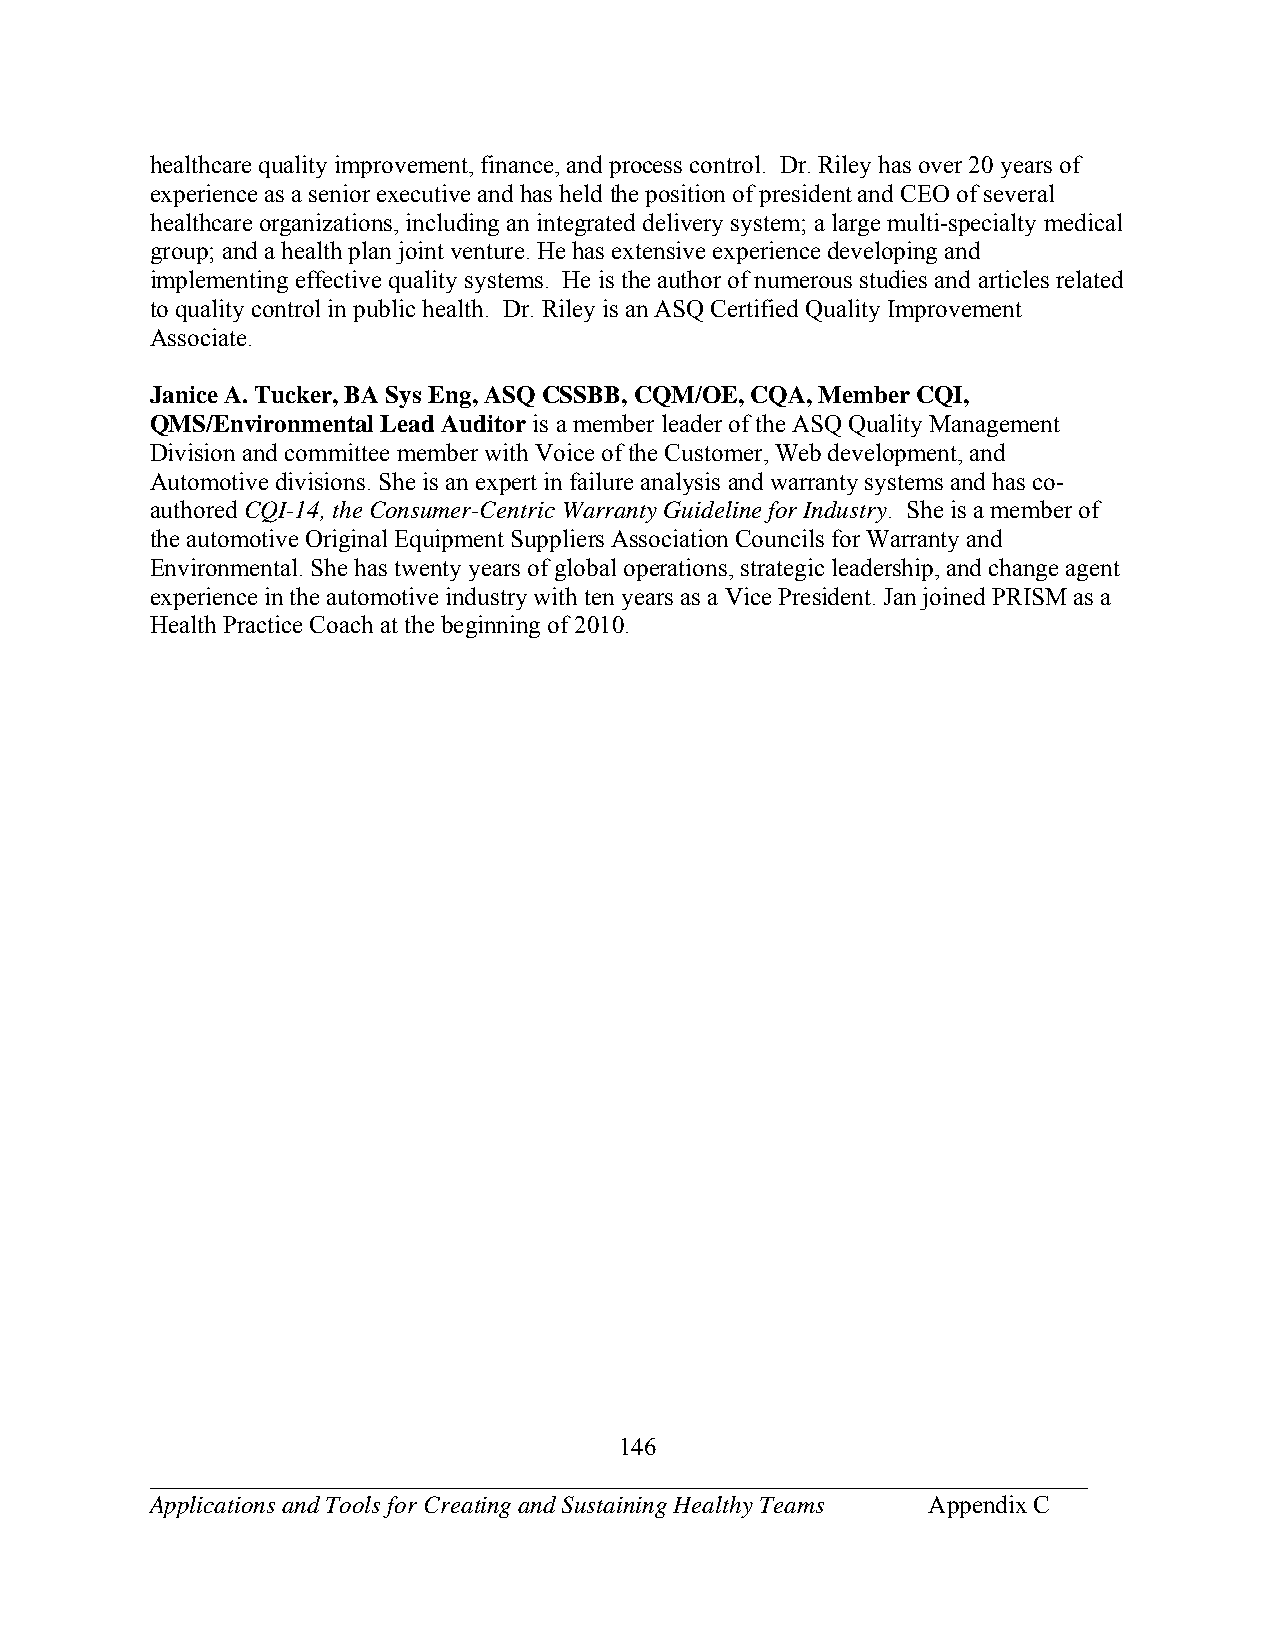
healthcare quality improvement, finance, and process control. Dr. Riley has over 20 years of
 experience as a senior executive and has held the position of president and CEO of several
 healthcare organizations, including an integrated delivery system; a large multi-specialty medical
 group; and a health plan joint venture. He has extensive experience developing and
 implementing effective quality systems. He is the author of numerous studies and articles related
 to quality control in public health. Dr. Riley is an ASQ Certified Quality Improvement
 Associate.
 Janice A. Tucker, BA Sys Eng, ASQ CSSBB, CQM/OE, CQA, Member CQI,
 QMS/Environmental Lead Auditor is a member leader of the ASQ Quality Management
 Division and committee member with Voice of the Customer, Web development, and
 Automotive divisions. She is an expert in failure analysis and warranty systems and has co-
 authored CQI-14, the Consumer-Centric Warranty Guideline for Industry. She is a member of
 the automotive Original Equipment Suppliers Association Councils for Warranty and
 Environmental. She has twenty years of global operations, strategic leadership, and change agent
 experience in the automotive industry with ten years as a Vice President. Jan joined PRISM as a
 Health Practice Coach at the beginning of 2010.
 146
 ___________________________________________________________________________
 Applications and Tools for Creating and Sustaining Healthy Teams Appendix C